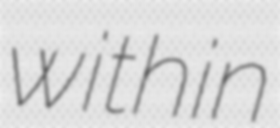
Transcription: within